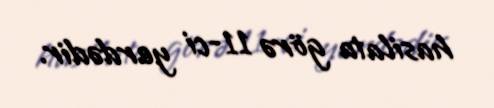
hasilata görə 11-ci yerdədir.